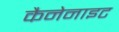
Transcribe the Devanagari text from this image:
कैनेनाइट